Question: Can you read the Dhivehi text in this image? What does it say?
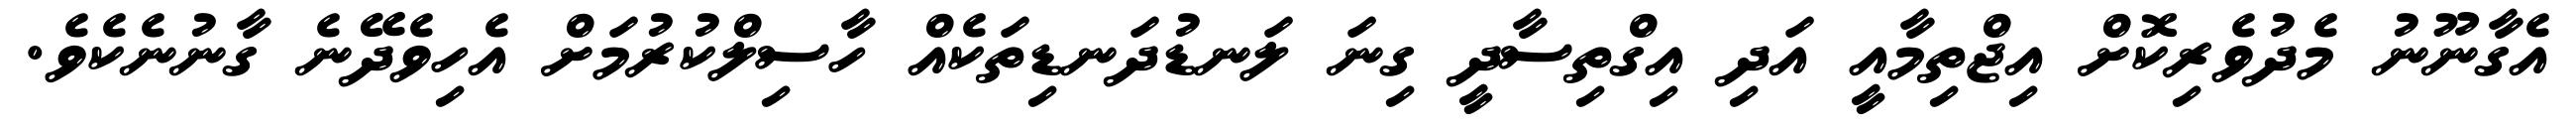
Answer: އެގާނޫނު މެދުވެރިކޮށް އިޖްތިމާއީ އަދި އިގްތިސާދީ ގިނަ ލަނޑުދަނޑިތަކެއް ހާސިލްކުރުމަށް އެހިވެދޭނެ ގާނުނެކެވެ.